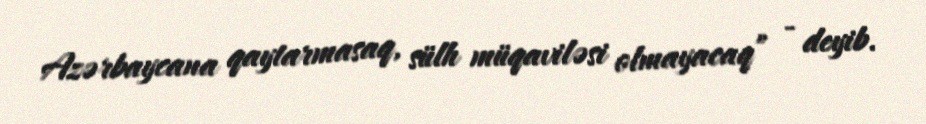
Azərbaycana qaytarmasaq, sülh müqaviləsi olmayacaq” - deyib.